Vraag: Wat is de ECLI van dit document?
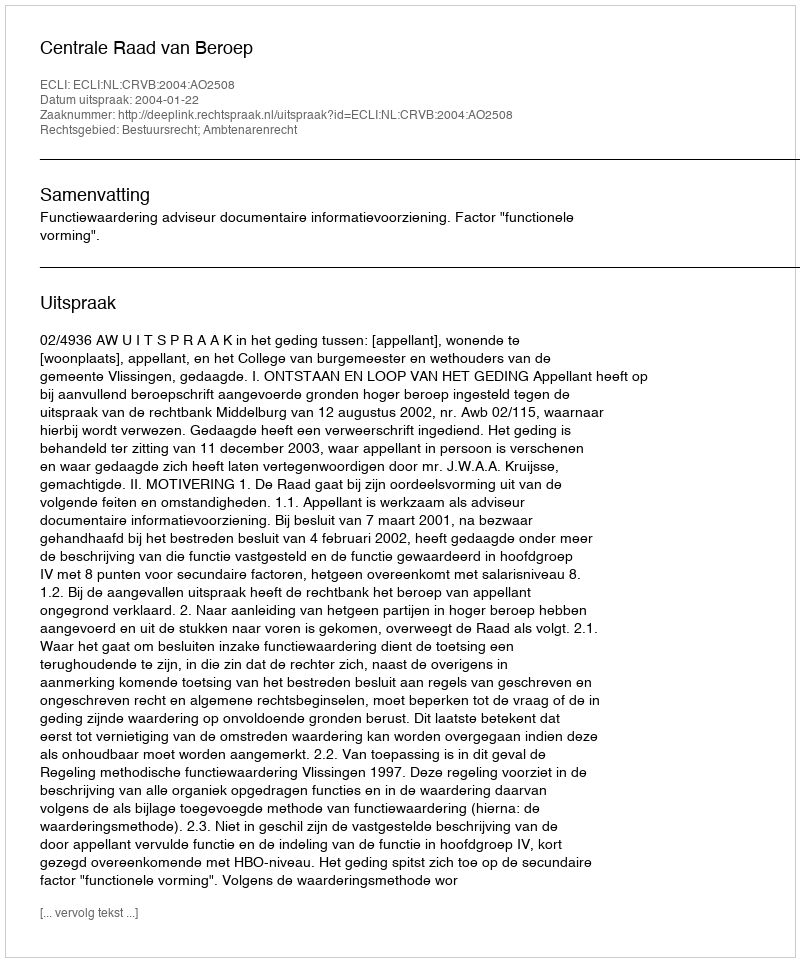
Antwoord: ECLI:NL:CRVB:2004:AO2508